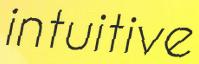
intuitive